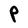
Character: P